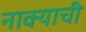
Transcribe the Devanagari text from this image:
नाक्याची